Vaccination United Provinces of Agra and Oudh 1923-1928 - 1923-1928
Year: 1923
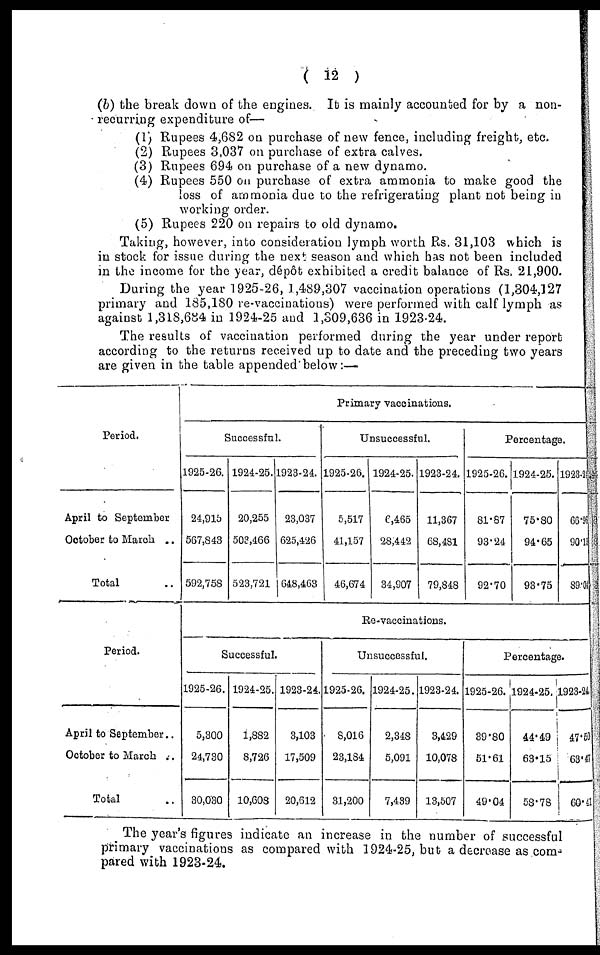
( 12 )
(b) the break down of the engines. It is mainly accounted for by a non¬
recurring expenditure of—
(1) Rupees 4,682 on purchase of new fence, including freight, etc.
(2) Rupees 3,037 on purchase of extra calves.
(3) Rupees 694 on purchase of a new dynamo.
(4) Rupees 550 on purchase of extra ammonia to make good the
loss of ammonia due to the refrigerating plant not being in
working order.
(5) Rupees 220 on repairs to old dynamo.
Taking, however, into consideration lymph worth Rs. 31,103 which is
in stock for issue during the next season and which has not been included
in the income for the year, dépôt exhibited a credit balance of Rs. 21,900.
During the year 1925-26, 1,489,307 vaccination operations (1,304,127
primary and 185,180 re-vaccinations) were performed with calf lymph as
against 1,318,684 in 1924-25 and 1,309,636 in 1923-24.
The results of vaccination performed during the year under report
according to the returns received up to date and the preceding two years
are given in the table appended below:—
Period.
April to September
October to March ..
Total ..
Period.
April to September..
October to March ..
Total
Primary vaccinations.
Successful.
1925-26.
24,915
567,843
592,758
1924-25.
20,255
503,466
523,721
1923-24.
23,037
625,426
648,463
Unsuccessful.
1925-26.
5,517
41,157
46,674
1924-25.
6,465
28,442
34,907
1923-24.
11,367
68,481
79,848
Percentage.
1925-26.
81.87
93.24
92.70
1924-25.
75.80
94.65
93.75
1923-24
66.96
90.13
89.04
Re-vaccinations.
Successful.
1925-26.
5,300
24,730
30,030
1924-25.
1,882
8,726
10,608
1923-24.
3,103
17,509
20,612
Unsuccessful.
1925-26.
8,016
23,184
31,200
1924-25.
2,348
5,091
7,439
1923-24.
3,429
10,078
13,507
Percentage.
1925-26.
39.80
51.61
49.04
1924-25.
44.49
63.15
58.78
1923-24
47.50
63.47
60.41
The year's figures indicate an increase in the number of successful
primary vaccinations as compared with 1924-25, but a decrease as com¬
pared with 1923-24.